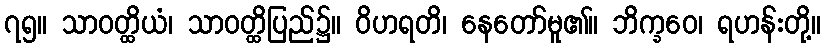
၇၅။ သာဝတ္ထိယံ၊ သာဝတ္ထိပြည်၌။ ဝိဟရတိ၊ နေတော်မူ၏။ ဘိက္ခဝေ၊ ရဟန်းတို့။